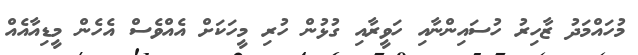
މުހައްމަދު ޒާހިރު ހުސައިންނާއި ހަވީރާއި ގުޅުން ހުރި މީހަކަށް އެއްވެސް އެހެން މީޑިއާއެއް